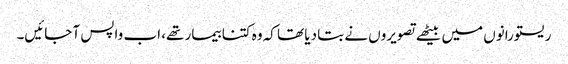
ریستورانوں میں بیٹھے تصویروں نے بتا دیا تھا کہ وہ کتنا بیمار تھے، اب واپس آ جائیں۔